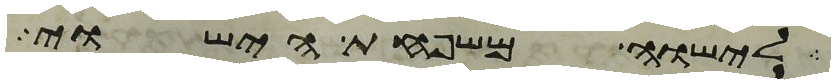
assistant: לישוה משפחת הישוי